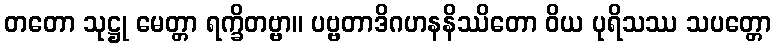
တတော သုဋ္ဌု မေတ္တာ ရက္ခိတဗ္ဗာ။ ပဗ္ဗတာဒိဂဟနနိဿိတော ဝိယ ပုရိသဿ သပတ္တော